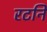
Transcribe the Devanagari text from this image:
रटनि